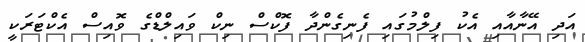
އަދި އޭނާއާއި އެކު ފިލްމުގައި ފެނިގެންދާ ފޮކްސް ނިކް ވައިލްޑްގެ ވޮއިސް އެކްޓަރަކީ